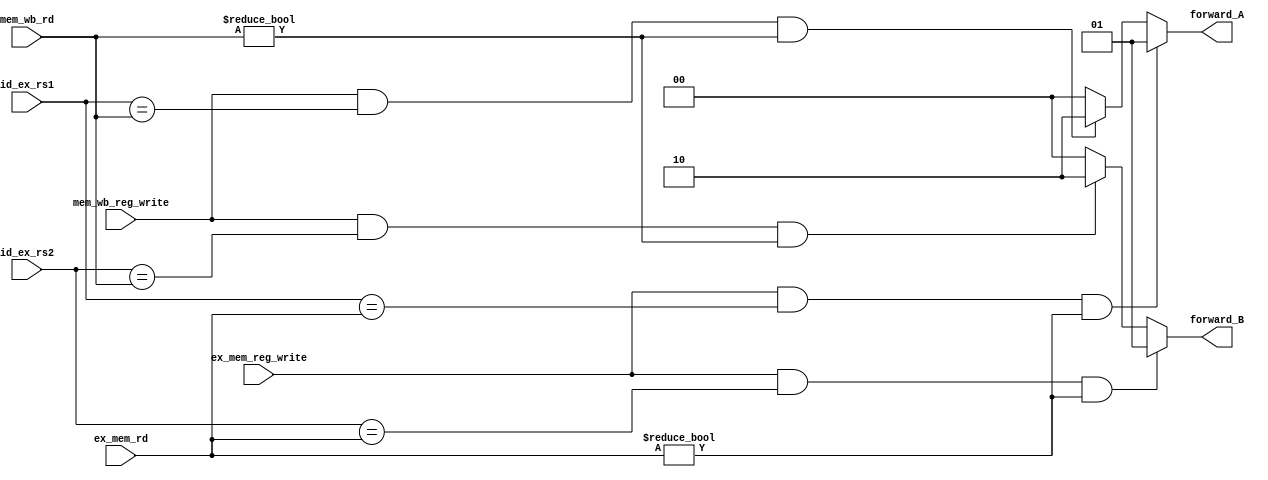
module ForwardingUnit (input [4:0] id_ex_rs1,
                        input [4:0] id_ex_rs2,
                        input [4:0] ex_mem_rd,
                        input ex_mem_reg_write,
                        input [4:0] mem_wb_rd,
                        input mem_wb_reg_write,
                        output reg [1:0] forward_A,
                        output reg [1:0] forward_B);
    always @(*) begin
        // rs1 forwarding  
        if(ex_mem_reg_write&(id_ex_rs1==ex_mem_rd)&(ex_mem_rd!=0)) begin
            forward_A=2'b01;
        end
        else if(mem_wb_reg_write&(id_ex_rs1==mem_wb_rd)&(mem_wb_rd!=0)) begin
            forward_A=2'b10;
        end
        else begin
            forward_A=2'b00;
        end

        // rs2 forwarding  
        if(ex_mem_reg_write&(id_ex_rs2==ex_mem_rd)&(ex_mem_rd!=0)) begin
            forward_B=2'b01;
        end
        else if(mem_wb_reg_write&(id_ex_rs2==mem_wb_rd)&(mem_wb_rd!=0)) begin
            forward_B=2'b10;
        end
        else begin
            forward_B=2'b00;
        end
    end

endmodule

// for forwarding data from MEM/WB to ID stage
module ForwardingMuxControlUnit(input [4:0] rs1,
                                input [4:0] rs2,
                                input [4:0] rd, // From WB stage
                                input [4:0]ex_mem_rd,
                                input is_ecall,
                                output reg [1:0] mux_rs1_dout,
                                output reg mux_rs2_dout);
    always @(*) begin
        if(rs1==rd&(rd!=0)) begin
            mux_rs1_dout=2'b00;
        end
        else if((ex_mem_rd==17)&is_ecall) begin // ecall instruction   x17  write   forwarding
            mux_rs1_dout=2'b10;
        end
        else begin
            mux_rs1_dout=2'b01;
        end

        if(rs2==rd&(rd!=0)) begin
            mux_rs2_dout=0;
        end
        else begin
            mux_rs2_dout=1;
        end

        

    end
endmodule


// Forwarding  register  0  Forwarding  
// stall  rd 0  forwarding    forwarding ;;